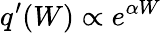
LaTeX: q^{\prime}(W)\propto e^{\alpha W}